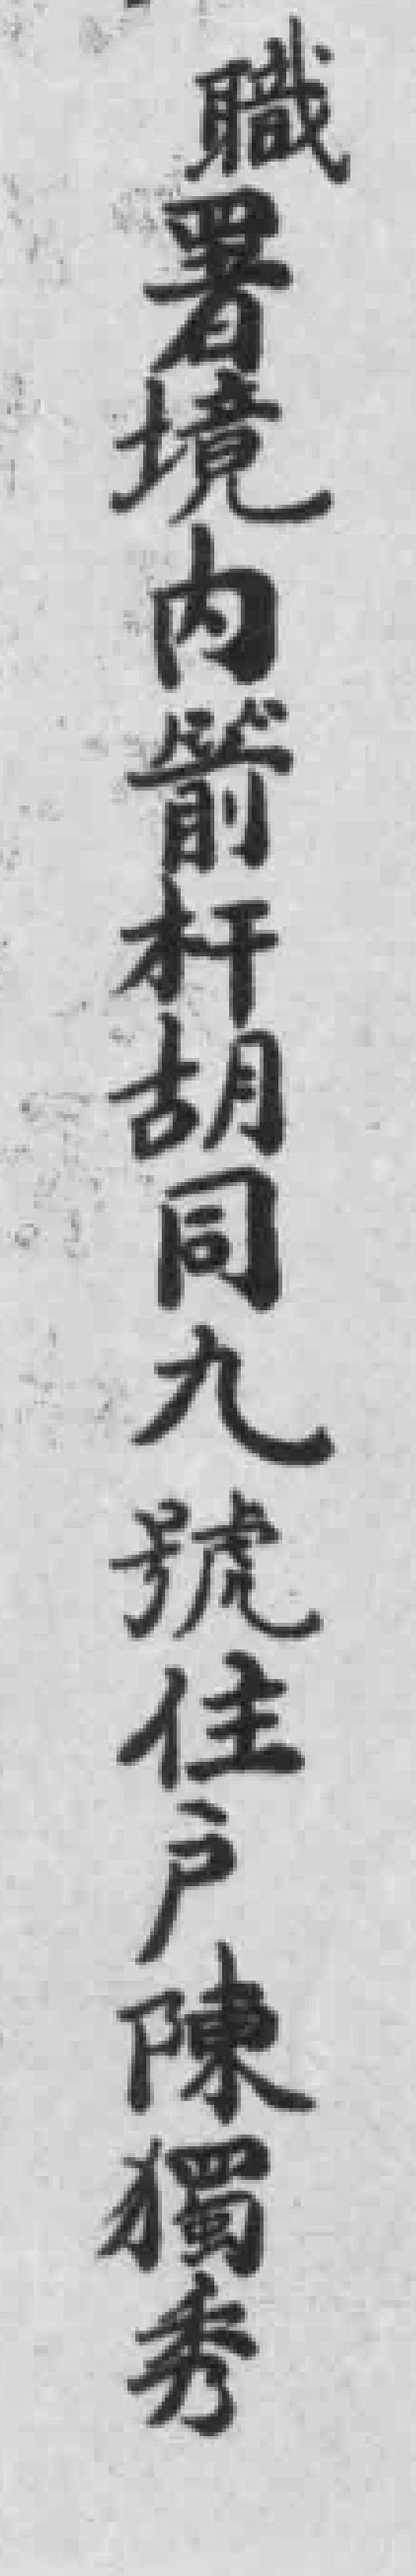
職署境内箭杆胡同九號住戶陳獨秀